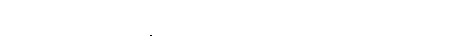
ဒီအတွက် ၂၀၀၆ ခုနှစ် ဘန်ကောက်မြို့မှာ ကျင်းပတဲ့ ကုလသမဂ္ဂ